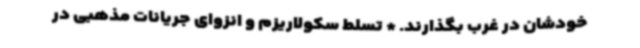
خودشان در غرب بگذارند. * تسلط سکولاریزم و انزوای جریانات مذهبی در